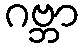
ဂဗ္ဘာ